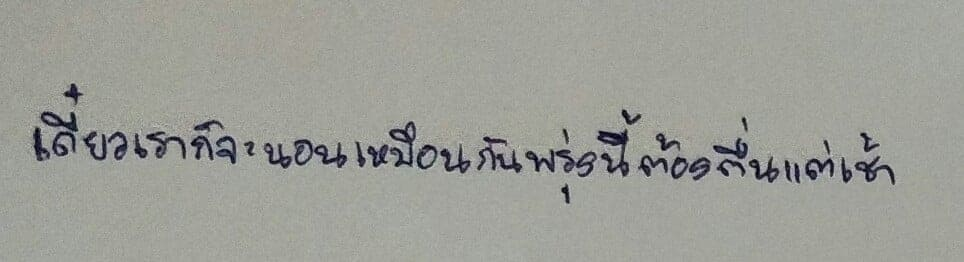
เดี๋ยวเราก็จะนอนเหมือนกันพรุ่งนี้ต้องตื่นแต่เช้า"